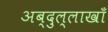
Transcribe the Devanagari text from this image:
अब्दुल्लाखाँ